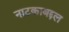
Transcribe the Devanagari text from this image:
नाटकाबद्दल